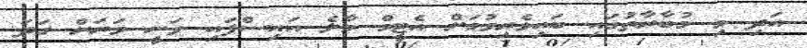
އަދި މި މުބާރާތުގައި ބައިވެރިވުމަށް އެޓީމް މާލެ އައިސްފައި ވަނީ ވަރަށް ގަދަ